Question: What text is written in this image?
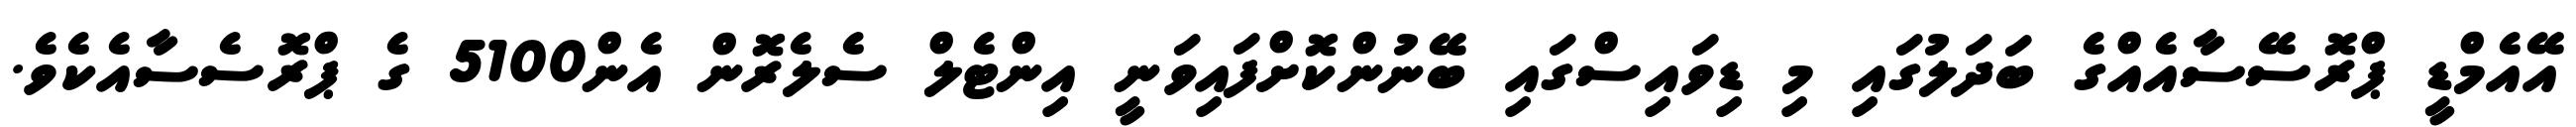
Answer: އޭއެމްޑީ ޕްރޮސޭސާއެއްގެ ބަދަލުގައި މި ޑިވައިސްގައި ބޭނުންކޮށްފައިވަނީ އިންޓެލް ސެލެރޮން އެން5100 ގެ ޕްރޮސެސާއެކެވެ.